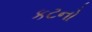
કટનો